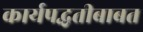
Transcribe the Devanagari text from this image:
कार्यपद्धतीबाबत